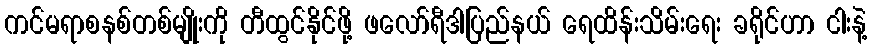
ကင်မရာစနစ်တစ်မျိုးကို တီထွင်နိုင်ဖို့ ဖလော်ရီဒါပြည်နယ် ရေထိန်းသိမ်းရေး ခရိုင်ဟာ ငါးနဲ့